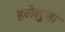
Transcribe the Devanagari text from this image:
हलेलुजा